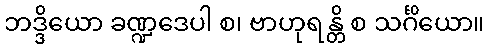
ဘဒ္ဒိယော ခဏ္ဍဒေပါ စ၊ ဗာဟုရန္တိ စ သင်္ဂိယော။